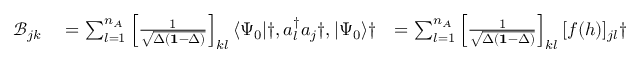
\begin{array} { r l r l } { \mathcal { B } _ { j k } } & { { } = \sum _ { l = 1 } ^ { n _ { A } } \left[ \frac { 1 } { \sqrt { \Delta ( \mathbf { 1 } - \Delta ) } } \right] _ { k l } \langle \Psi _ { 0 } | \dag , a _ { l } ^ { \dagger } a _ { j } \dag , | \Psi _ { 0 } \rangle \dag } & { = \sum _ { l = 1 } ^ { n _ { A } } \left[ \frac { 1 } { \sqrt { \Delta ( \mathbf { 1 } - \Delta ) } } \right] _ { k l } [ f ( h ) ] _ { j l } \dag } & { { } = \left[ f ( h ) \frac { 1 } { \sqrt { ^ t \Delta ( \mathbf { 1 } - ^ { t } \Delta ) } } \right] _ { j k } \dag , , } \end{array}